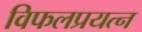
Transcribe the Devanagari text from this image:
विफलप्रयत्न